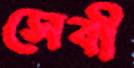
সেবী